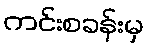
ကင်းစခန်းမှ